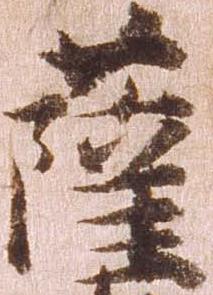
薩